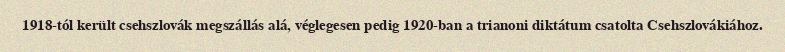
1918-tól került csehszlovák megszállás alá, véglegesen pedig 1920-ban a trianoni diktátum csatolta Csehszlovákiához.